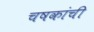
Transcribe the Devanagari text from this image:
चषकांची